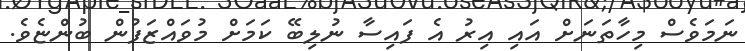
ނަމަވެސް މިހާތަނަށް އައި އިރު އެ ފައިސާ ނުލިބޭ ކަމަށް މުވައްޒަފުން ބުންޏެވެ.